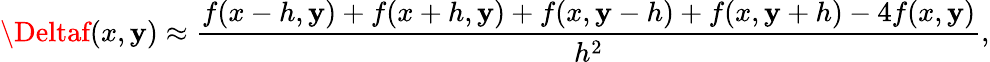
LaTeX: \Deltaf(x,\mathbf{y})\approx{\frac{{f(x-h,\mathbf{y})+f(x+h,\mathbf{y})+f(x,\mathbf{y}-h)+f(x,\mathbf{y}+h)-4f(x,\mathbf{y})}}{{h^{2}}}},